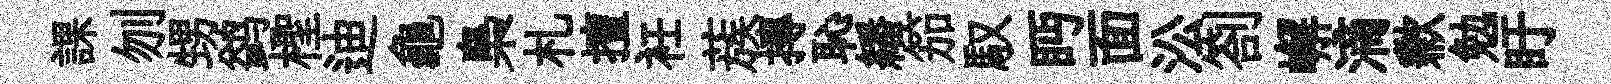
課刎甥鹢檉迪龜梟札擅衽蔟摶恥繙笳馭眄面㳂劄嶰滴歉勉盱